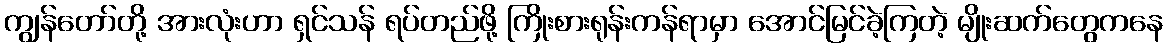
ကျွန်တော်တို့ အားလုံးဟာ ရှင်သန် ရပ်တည်ဖို့ ကြိုးစားရုန်းကန်ရာမှာ အောင်မြင်ခဲ့ကြတဲ့ မျိုးဆက်တွေကနေ